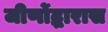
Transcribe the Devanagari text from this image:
जीर्णोद्धारास